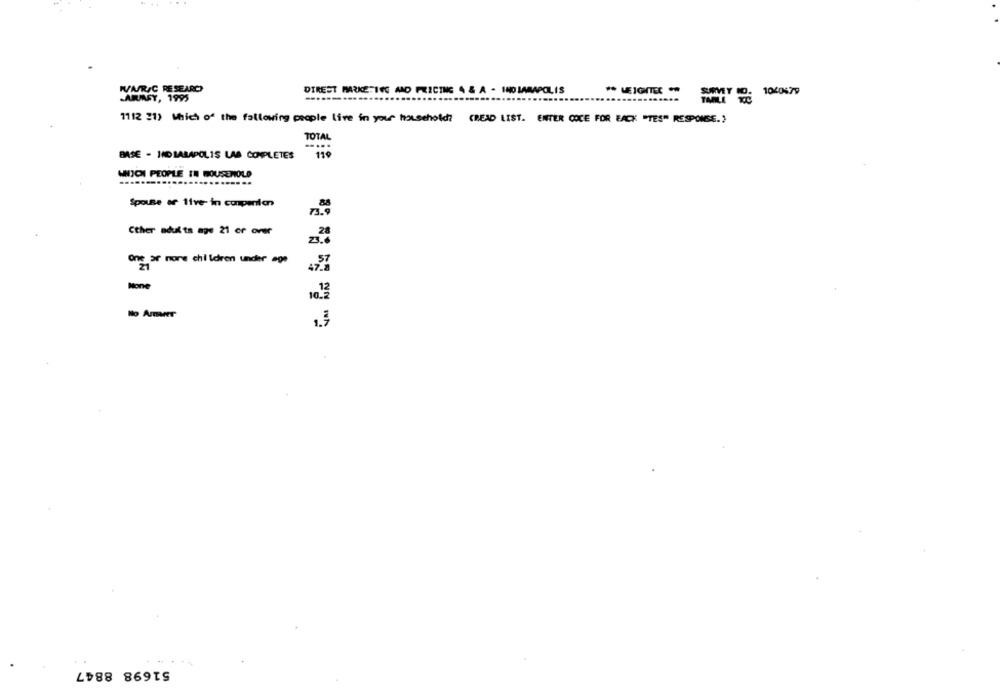
WVARIC RESEARCH
DIREST MARKE-10G AND PRICING 4 & A - INDIANAPOLIS
ARINGY, 1995
SAMT O
1040579
...
1112 21) Which of the fallowing people live in your household? (READ LIST. ENTER COCE FOR EACK "TES" RESPONSE .,
TOTAL
BASE - INDIANAPOLIS LAS COMPLETES
119
WIJCHI PEOPLE IN HOUSEHOLD
Spouse of 11ve- in companion
88
Cther adults mye 21 er over
One or more children under age
10.2
No Amer
51698 8847